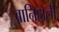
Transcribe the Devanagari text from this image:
बानिहाली